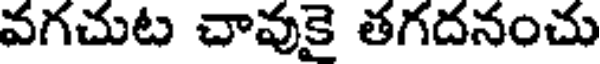
వగచుట చావుకై తగదనంచు